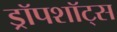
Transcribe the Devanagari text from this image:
ड्रॉपशॉट्स